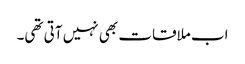
اب ملاقات بھی نہیں آتی تھی۔